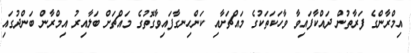
އިމްރާންގެ ފަރާތުން ދައްކާފައިވާ ވާހަކަތަކުގެ މައްޗަށާއި ކަންހިނގާފައިވާގޮތުގެ މައްޗަށް ބަލާއިރު އިމްރާން ބަންދުގައި